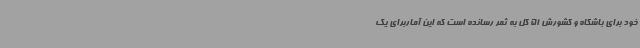
خود برای باشگاه و کشورش 51 گل به ثمر رسانده است که این آماربرای یک